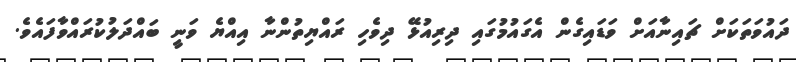
ދައުވަތަކަށް ޗައިނާއަށް ވަަޑައިގެން އެގައުމުގައި ދިރިއުޅޭ ދިވެހި ރައްޔިތުންނާ އިއްޔެ ވަނީ ބައްދަލުކުރައްވާފައެވެ.